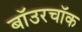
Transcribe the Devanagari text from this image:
बॉउरचॉक